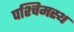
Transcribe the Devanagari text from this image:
पश्चिमस्थ